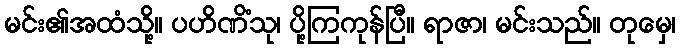
မင်း၏အထံသို့။ ပဟိဏိံသု၊ ပို့ကြကုန်ပြီ။ ရာဇာ၊ မင်းသည်။ တုမှေ၊